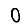
Digit: 0